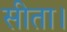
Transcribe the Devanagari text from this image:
सीता।